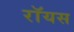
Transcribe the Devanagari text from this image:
राॅयस